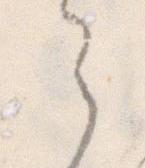
ら